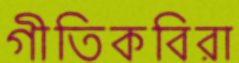
গীতিকবিরা